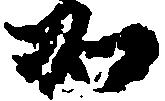
加